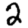
Digit: 2